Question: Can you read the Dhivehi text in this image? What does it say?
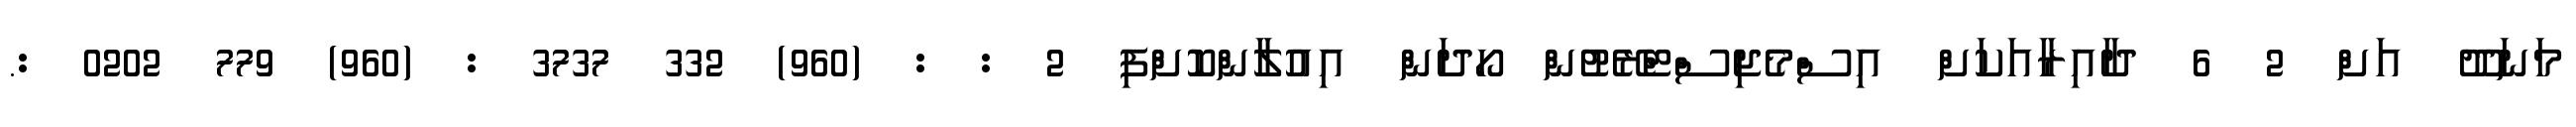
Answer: މަނަދޫ އަށް 2 6 ދާއިރާއަކަށް އިސްމެޖިސްޓްރޭޓުން ހޯދަން އިއުލާންކޮށްފި 2 : : (960) 332 3737 : (960) 779 0202 :.